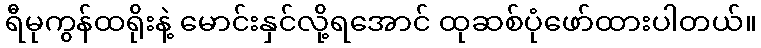
ရီမုကွန်ထရိုးနဲ့ မောင်းနှင်လို့ရအောင် ထုဆစ်ပုံဖော်ထားပါတယ်။